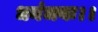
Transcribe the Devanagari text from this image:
धनंजयः।।